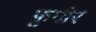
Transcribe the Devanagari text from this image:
फ़ुगीर